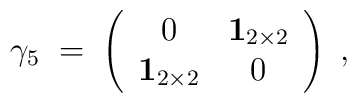
\gamma_5 \;=\; \left( \begin{array}{cc}                   0     &    {\mathbf 1}_{2\times 2} \\                 {\mathbf 1}_{2\times 2} &      0                      \end{array} \right) \;,